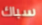
سباك